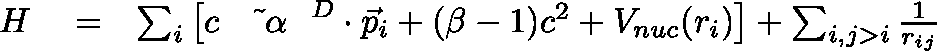
\begin{array} { r l r } { H } & { { } = } & { \sum _ { i } \left[ c \mathrm { ~ \boldmath ~ { ~ \vec { ~ } \alpha ~ } ~ } ^ { D } \cdot { \vec { p } } _ { i } + ( \beta - 1 ) c ^ { 2 } + V _ { n u c } ( r _ { i } ) \right] + \sum _ { i , j > i } \frac { 1 } { r _ { i j } } } \end{array}